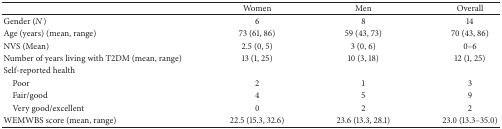
|  | Women | Men | Overall |
 | --- | --- | --- | --- |
 | Gender (N) | 6 | 8 | 14 |
 | Age (years) (mean, range) | 73 (61, 86) | 59 (43, 73) | 70 (43, 86) |
 | NVS (Mean) | 2.5 (0, 5) | 3 (0, 6) | 0–6 |
 | Number of years living with T2DM (mean, range) | 13 (1, 25) | 10 (3, 18) | 12 (1, 25) |
 | Self-reported health |  |  |  |
 | Poor | 2 | 1 | 3 |
 | Fair/good | 4 | 5 | 9 |
 | Very good/excellent | 0 | 2 | 2 |
 | WEMWBS score (mean, range) | 22.5 (15.3, 32.6) | 23.6 (13.3, 28.1) | 23.0 (13.3–35.0) |